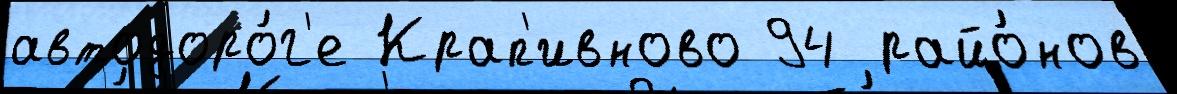
автодоро́г'е Крап'ивново 94 райо́нов